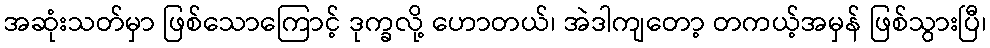
အဆုံးသတ်မှာ ဖြစ်သောကြောင့် ဒုက္ခလို့ ဟောတယ်၊ အဲဒါကျတော့ တကယ့်အမှန် ဖြစ်သွားပြီ၊